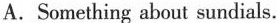
A. Something about sundials.